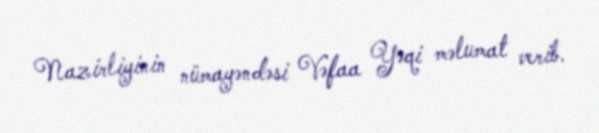
Nazirliyinin nümayəndəsi Vəfaa Yəqi məlumat verib.